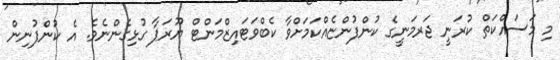
މި މަސައްކަތް ކުރަނީ ޖަރމަނީގެ ކުންފުންޏެއްކަމަށްވާ ކެބްވަޓައިޒްމަންޓް ޔޫރަޕާ ގުޅިގެންނެވެ. އެ ކުންފުނިން